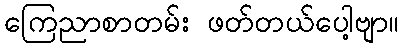
ကြေညာစာတမ်း ဖတ်တယ်ပေါ့ဗျာ။